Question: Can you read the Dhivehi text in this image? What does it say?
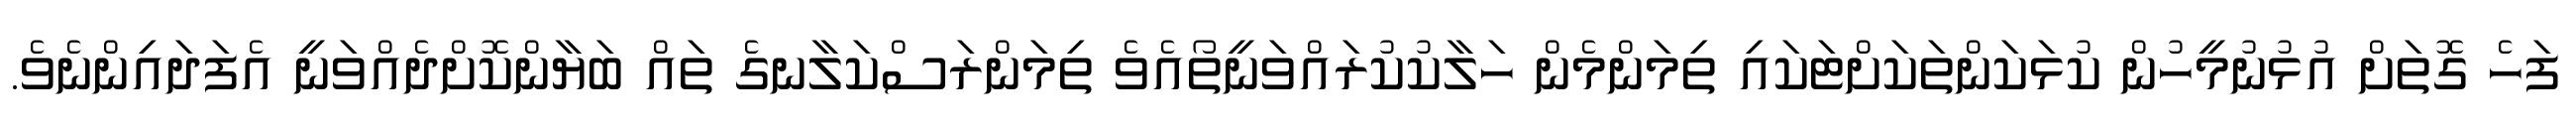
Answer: ފަހެ ގޮތަށް އުޅުނުމީހުން ކުޅަކަންތަކަށްޓަކައި ތިމަންމެން ހަލާކުކުރައްވަނީތޯއެވެ ތިމަންރަސްކަލާނގެ ތައް ބަޔާންކޮށްދެއްވަނީ އެފަދައިންނެވެ.